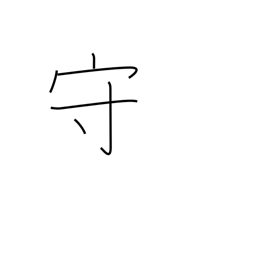
Meaning: defend